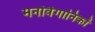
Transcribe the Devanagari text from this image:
मनोवैगानिकों